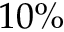
1 0 \%